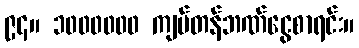
၉၄။ ၁၀၀၀၀၀၀ ကျပ်တန်ဘဏ်ငွေစာရင်း။